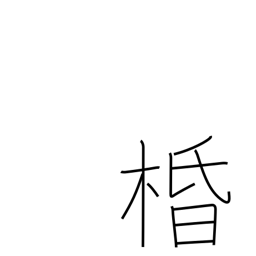
Meaning: silk tree